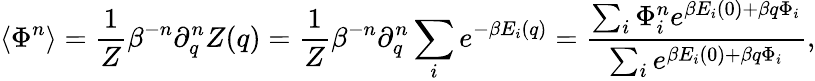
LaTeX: \langle\Phi^{n}\rangle={\frac{1}{Z}}\beta^{-n}\partial_{q}^{n}Z(q)={\frac{1}{Z}}\beta^{-n}\partial_{q}^{n}\sum_{i}e^{-\beta E_{i}(q)}={\frac{\sum_{i}\Phi_{i}^{n}e^{\beta E_{i}(0)+\beta q\Phi_{i}}}{\sum_{i}e^{\beta E_{i}(0)+\beta q\Phi_{i}}}},